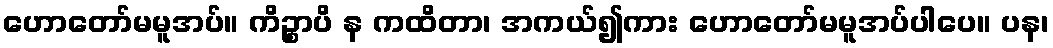
ဟောတော်မမူအပ်။ ကိဉ္စာပိ န ကထိတာ၊ အကယ်၍ကား ဟောတော်မမူအပ်ပါပေ။ ပန၊